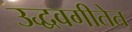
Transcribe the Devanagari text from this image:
उद्धवगीतेत